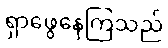
ရှာဖွေနေကြသည်